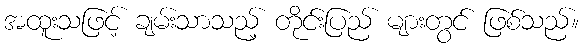
အထူးသဖြင့် ချမ်းသာသည့် တိုင်းပြည် များတွင် ဖြစ်သည်။